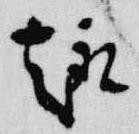
趣